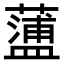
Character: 𧁔